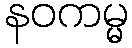
နဝကမ္မ